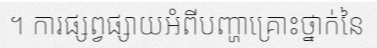
។ ការផ្សព្វផ្សាយអំពីបញ្ហាគ្រោះថ្នាក់នៃ